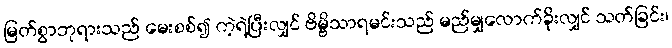
မြတ်စွာဘုရားသည် မေးစစ်၍ ကဲ့ရဲ့ပြီးလျှင် ဗိမ္ဗိသာရမင်းသည် မည်မျှလောက်ခိုးလျှင် သတ်ခြင်း၊